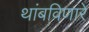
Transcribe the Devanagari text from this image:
थांबविणारे